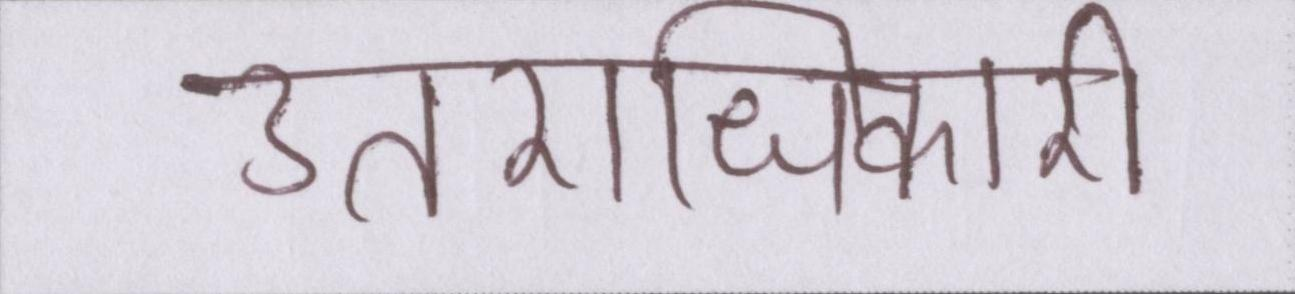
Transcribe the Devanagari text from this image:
उत्तराधिकारी